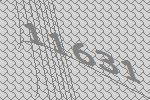
11631